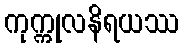
ကုက္ကုလနိရယဿ